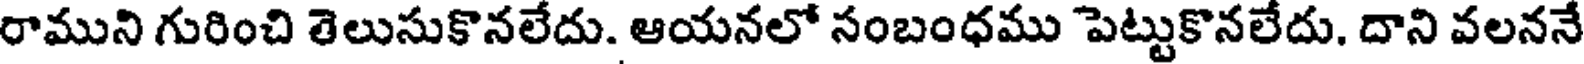
రాముని గురించి తెలుసుకొనలేదు. ఆయనలో సంబంధము పెట్టుకొనలేదు. దాని వలననే